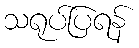
သရုပ်ပြရန်